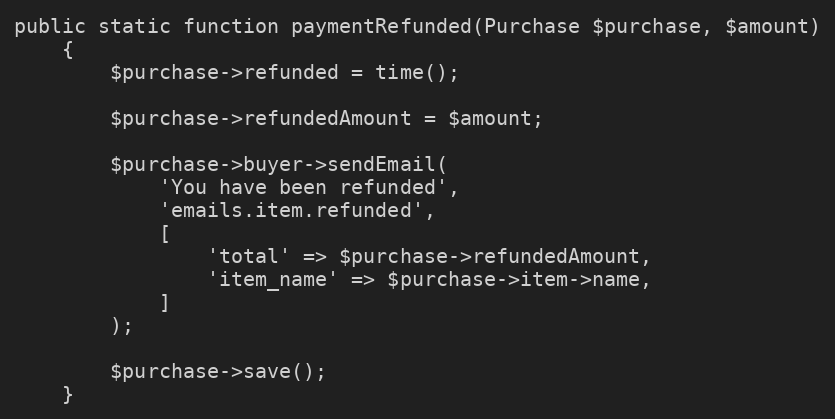
Language: PHP
public static function paymentRefunded(Purchase $purchase, $amount)
    {
        $purchase->refunded = time();

        $purchase->refundedAmount = $amount;

        $purchase->buyer->sendEmail(
            'You have been refunded',
            'emails.item.refunded',
            [
                'total' => $purchase->refundedAmount,
                'item_name' => $purchase->item->name,
            ]
        );

        $purchase->save();
    }